Civil Veterinary Department Bihar reports 1940-50 - 1940-1950
Year: 1940
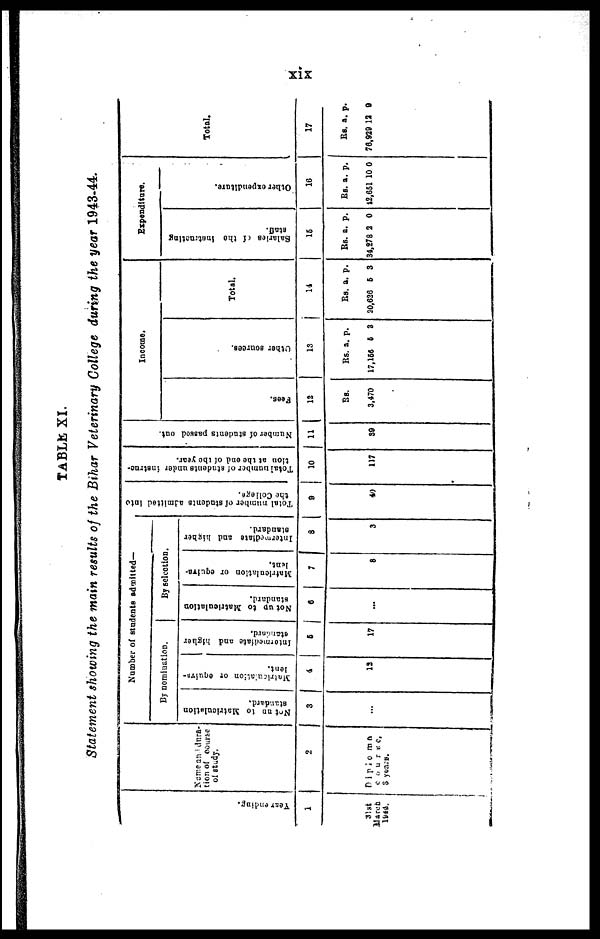
xix
TABLE XI.
Statement showing the main results of the Bihar Veterinary College during the year 1943-44.
Year ending.
1
31st
March
1944.
Name and dura-
tion of course
of study.
2
Diploma
course,
3 years.
Number of students admitted—
By nomination.
Not up to Matriculation
standard.
3
...
Matriculation or equivn-
lent.
4
13
Intermediate and higher
standard
5
17
By selection.
Not up to Matriculation
standard.
6
...
Matriculation or equiva-
7
8
Intermediate and higher
standard.
8
3
Total number of students admitted into
the College.
9
40
Total number of students under instruc-
tion
at the end of tbe year.
10
117
Number of students passed out.
11
39
Income.
Fees.
12
28.
3,470
Other sources.
13
Rs.
17,156
a.
5
p.
3
Total.
14
Rs.
20,626
a.
5
p.
3
Expenditure.
Salaries of the Instructing
staff.
15
Rs.
34,278
a.
2
p.
0
Other expenditure.
16
Rs
42,651
. a.
10
p.
0
Total.
17
Rs.
76,929
a.
12
p.
9